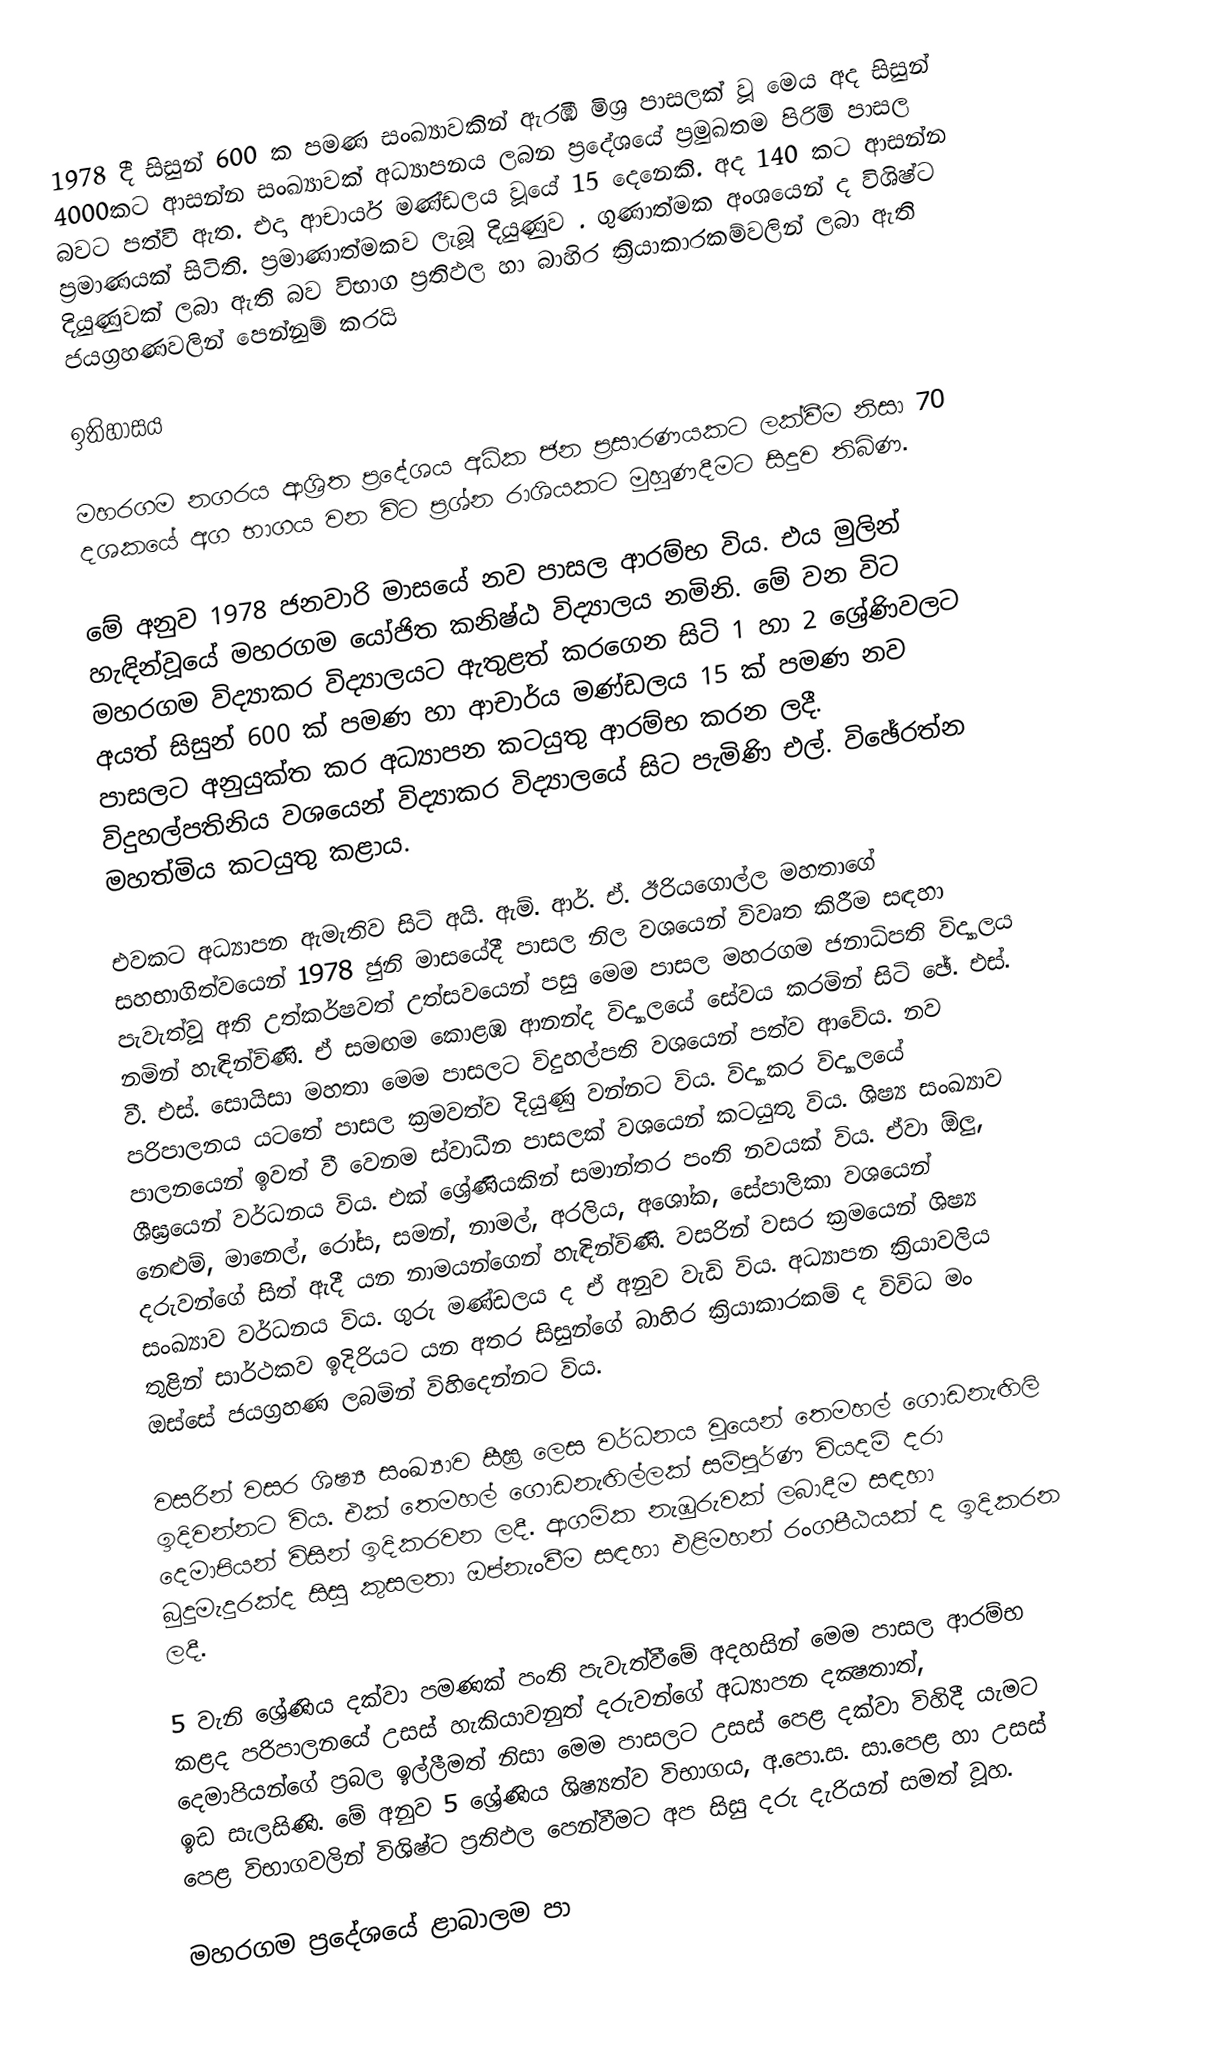
1978 දී සිසුන් 600 ක පමණ සංඛ්‍යාවකින් ඇරඹි මිශ්‍ර පාසලක්‌ වූ මෙය අද සිසුන් 4000කට ආසන්න සංඛ්‍යාවක්‌ අධ්‍යාපනය ලබන ප්‍රදේශයේ ප්‍රමුඛතම පිරිමි පාසල බවට පත්වී ඇත. එදා ආචාර්ය මණ්‌ඩලය වූයේ 15 දෙනෙකි. අද 140 කට ආසන්න ප්‍රමාණයක්‌ සිටිති. ප්‍රමාණාත්මකව ලැබූ දියුණුව . ගුණාත්මක අංශයෙන් ද විශිෂ්ට දියුණුවක්‌ ලබා ඇති බව විභාග ප්‍රතිඵල හා බාහිර ක්‍රියාකාරකම්වලින් ලබා ඇති ජයග්‍රහණවලින් පෙන්නුම් කරයි

ඉතිහාසය

මහරගම නගරය ආශ්‍රිත ප්‍රදේශය අධික ජන ප්‍රසාරණයකට ලක්‌වීම නිසා 70 දශකයේ අග භාගය වන විට ප්‍රශ්න රාශියකට මුහුණදීමට සිදුව තිබිණ.

මේ අනුව 1978 ජනවාරි මාසයේ නව පාසල ආරම්භ විය. එය මුලින් හැඳින්වූයේ මහරගම යෝජිත කනිෂ්ඨ විද්‍යාලය නමිනි. මේ වන විට මහරගම විද්‍යාකර විද්‍යාලයට ඇතුළත් කරගෙන සිටි 1 හා 2 ශ්‍රේණිවලට අයත් සිසුන් 600 ක්‌ පමණ හා ආචාර්ය මණ්‌ඩලය 15 ක්‌ පමණ නව පාසලට අනුයුක්‌ත කර අධ්‍යාපන කටයුතු ආරම්භ කරන ලදී. විදුහල්පතිනිය වශයෙන් විද්‍යාකර විද්‍යාලයේ සිට පැමිණි එල්. විඡේරත්න මහත්මිය කටයුතු කළාය.

එවකට අධ්‍යාපන ඇමැතිව සිටි අයි. ඇම්. ආර්. ඒ. ඊරියගොල්ල මහතාගේ සහභාගිත්වයෙන් 1978 ජුනි මාසයේදී පාසල නිල වශයෙන් විවෘත කිරීම සඳහා පැවැත්වූ අති උත්කර්ෂවත් උත්සවයෙන් පසු මෙම පාසල මහරගම ජනාධිපති විද්‍යාලය නමින් හැඳින්විණි. ඒ සමඟම කොළඹ ආනන්ද විද්‍යාලයේ සේවය කරමින් සිටි ඡේ. එස්‌. වී. එස්‌. සොයිසා මහතා මෙම පාසලට විදුහල්පති වශයෙන් පත්ව ආවේය. නව පරිපාලනය යටතේ පාසල ක්‍රමවත්ව දියුණු වන්නට විය. විද්‍යාකර විද්‍යාලයේ පාලනයෙන් ඉවත් වී වෙනම ස්‌වාධීන පාසලක්‌ වශයෙන් කටයුතු විය. ශිෂ්‍ය සංඛ්‍යාව ශීඝ්‍රයෙන් වර්ධනය විය. එක්‌ ශ්‍රේණියකින් සමාන්තර පංති නවයක්‌ විය. ඒවා ඕලු, නෙළුම්, මානෙල්, රෝස, සමන්, නාමල්, අරලිය, අශෝක, සේපාලිකා වශයෙන් දරුවන්ගේ සිත් ඇදී යන නාමයන්ගෙන් හැඳින්විණි. වසරින් වසර ක්‍රමයෙන් ශිෂ්‍ය සංඛ්‍යාව වර්ධනය විය. ගුරු මණ්‌ඩලය ද ඒ අනුව වැඩි විය. අධ්‍යාපන ක්‍රියාවලිය තුළින් සාර්ථකව ඉදිරියට යන අතර සිසුන්ගේ බාහිර ක්‍රියාකාරකම් ද විවිධ මං ඔස්‌සේ ජයග්‍රහණ ලබමින් විහිදෙන්නට විය.

වසරින් වසර ශිෂ්‍ය සංඛ්‍යාව සීඝ්‍ර ලෙස වර්ධනය වූයෙන් තෙමහල් ගොඩනැඟිලි ඉදිවන්නට විය. එක්‌ තෙමහල් ගොඩනැඟිල්ලක්‌ සම්පූර්ණ වියදම් දරා දෙමාපියන් විසින් ඉදිකරවන ලදී. ආගමික නැඹුරුවක්‌ ලබාදීම සඳහා බුදුමැදුරක්‌ද සිසු කුසලතා ඔප්නැංවීම සඳහා එළිමහන් රංගපීඨයක්‌ ද ඉදිකරන ලදී.

5 වැනි ශ්‍රේණිය දක්‌වා පමණක්‌ පංති පැවැත්වීමේ අදහසින් මෙම පාසල ආරම්භ කළද පරිපාලනයේ උසස්‌ හැකියාවනුත් දරුවන්ගේ අධ්‍යාපන දක්‍ෂතාත්, දෙමාපියන්ගේ ප්‍රබල ඉල්ලීමත් නිසා මෙම පාසලට උසස්‌ පෙළ දක්‌වා විහිදී යැමට ඉඩ සැලසිණි. මේ අනුව 5 ශ්‍රේණිය ශිෂ්‍යත්ව විභාගය, අ.පො.ස. සා.පෙළ හා උසස්‌ පෙළ විභාගවලින් විශිෂ්ට ප්‍රතිඵල පෙන්වීමට අප සිසු දරු දැරියන් සමත් වූහ.

මහරගම ප්‍රදේශයේ ළාබාලම පා